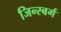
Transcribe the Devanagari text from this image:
जिन्स्बर्ग